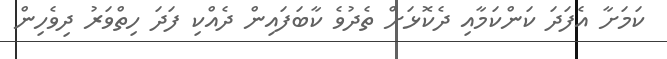
ކަމަށާ އެފަދަ ކަންކަމާއި ދެކޮޅަށް ތެދުވެ ކާބަފައިން ދެއްކި ފަދަ ހިތްވަރު ދިވެހިން